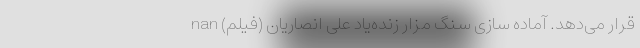
قرار می‌دهد. آماده سازی سنگ مزار زنده‌یاد علی انصاریان (فیلم) nan